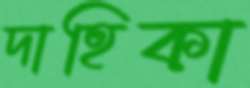
দাহিকা